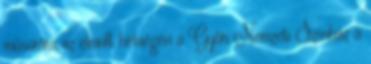
műsorára az elmúlt hétvégén a Győri Nemzeti Színház a